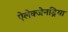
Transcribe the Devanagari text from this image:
ऐलेक्जेनड्रिया